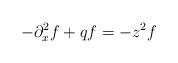
LaTeX: \begin{align*}-\partial_{x}^{2}f+qf=-z^{2}f \end{align*}